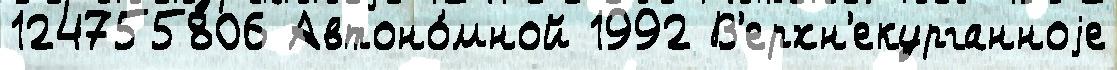
124755806 Автоно́мной 1992 В'ерхн'екурганноjе